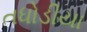
તધોડીયા